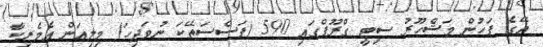
އޭގެ ފަހުން މަޝްހޫރު ސިޓީ ގްރޫޕްގައި 590 (ފަސްސަތޭކަ ނުވަދިހަ) މިލިއަން އެމެރިކާ